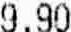
9.90